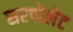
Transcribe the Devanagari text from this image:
सरपोलेट